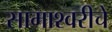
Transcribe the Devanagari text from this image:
सामाश्वरीचे